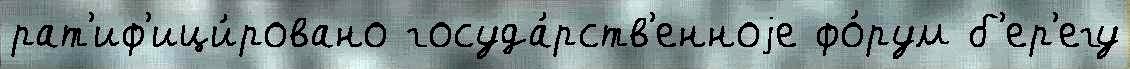
рат'иф'ици́ровано госуда́рств'енноjе фо́рум б'ер'егу